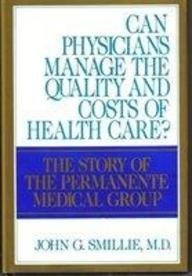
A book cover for Can Physicians Manage the Quality and Costs of Health Care?: The Story of the Permanente Medical Group; John G. Smillie; Medical Books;